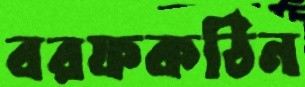
বরফকঠিন